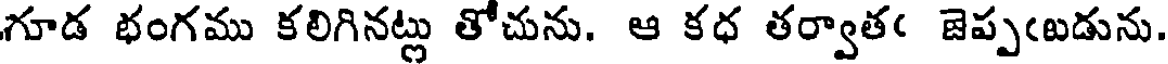
గూడ భంగము కలిగినట్లు తోచును. ఆ కధ తర్వాతఁ జెప్పఁబడును.